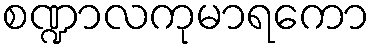
စဏ္ဍာလကုမာရကော